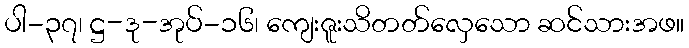
ပါ-၃၇၊ ဋ္ဌ-ဒု-အုပ်-၁၆၊ ကျေးဇူးသိတတ်လှေသော ဆင်သားအဖ။